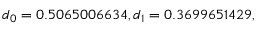
d _ { 0 } = 0 . 5 0 6 5 0 0 6 6 3 4 , d _ { 1 } = 0 . 3 6 9 9 6 5 1 4 2 9 ,